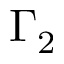
\Gamma _ { 2 }